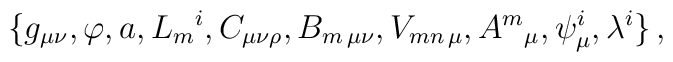
\{g_{\mu\nu},\varphi,a,L_{m}{}^{i},C_{\mu\nu\rho},B_{m\, \mu\nu},V_{mn\, \mu},A^{m}{}_{\mu},\psi^{i}_{\mu},\lambda^{i}\}\, ,